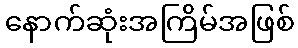
နောက်ဆုံးအကြိမ်အဖြစ်